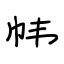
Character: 帏